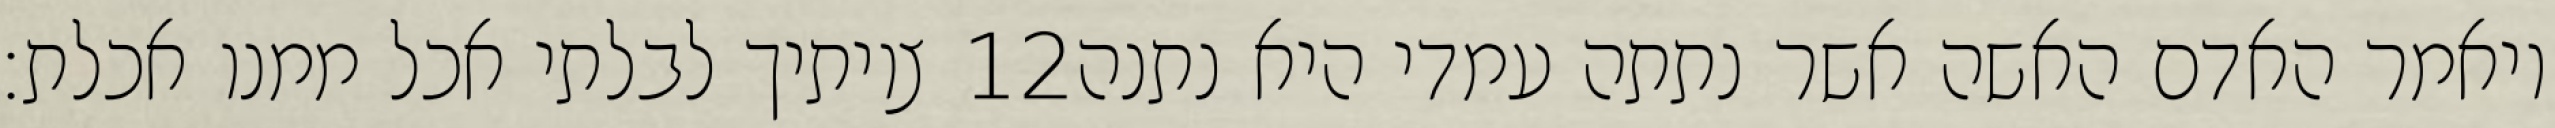
צויתיך לבלתי אכל ממנו אכלת׃ ‎12‏ ויאמר האדם האשה אשר נתתה עמדי היא נתנה